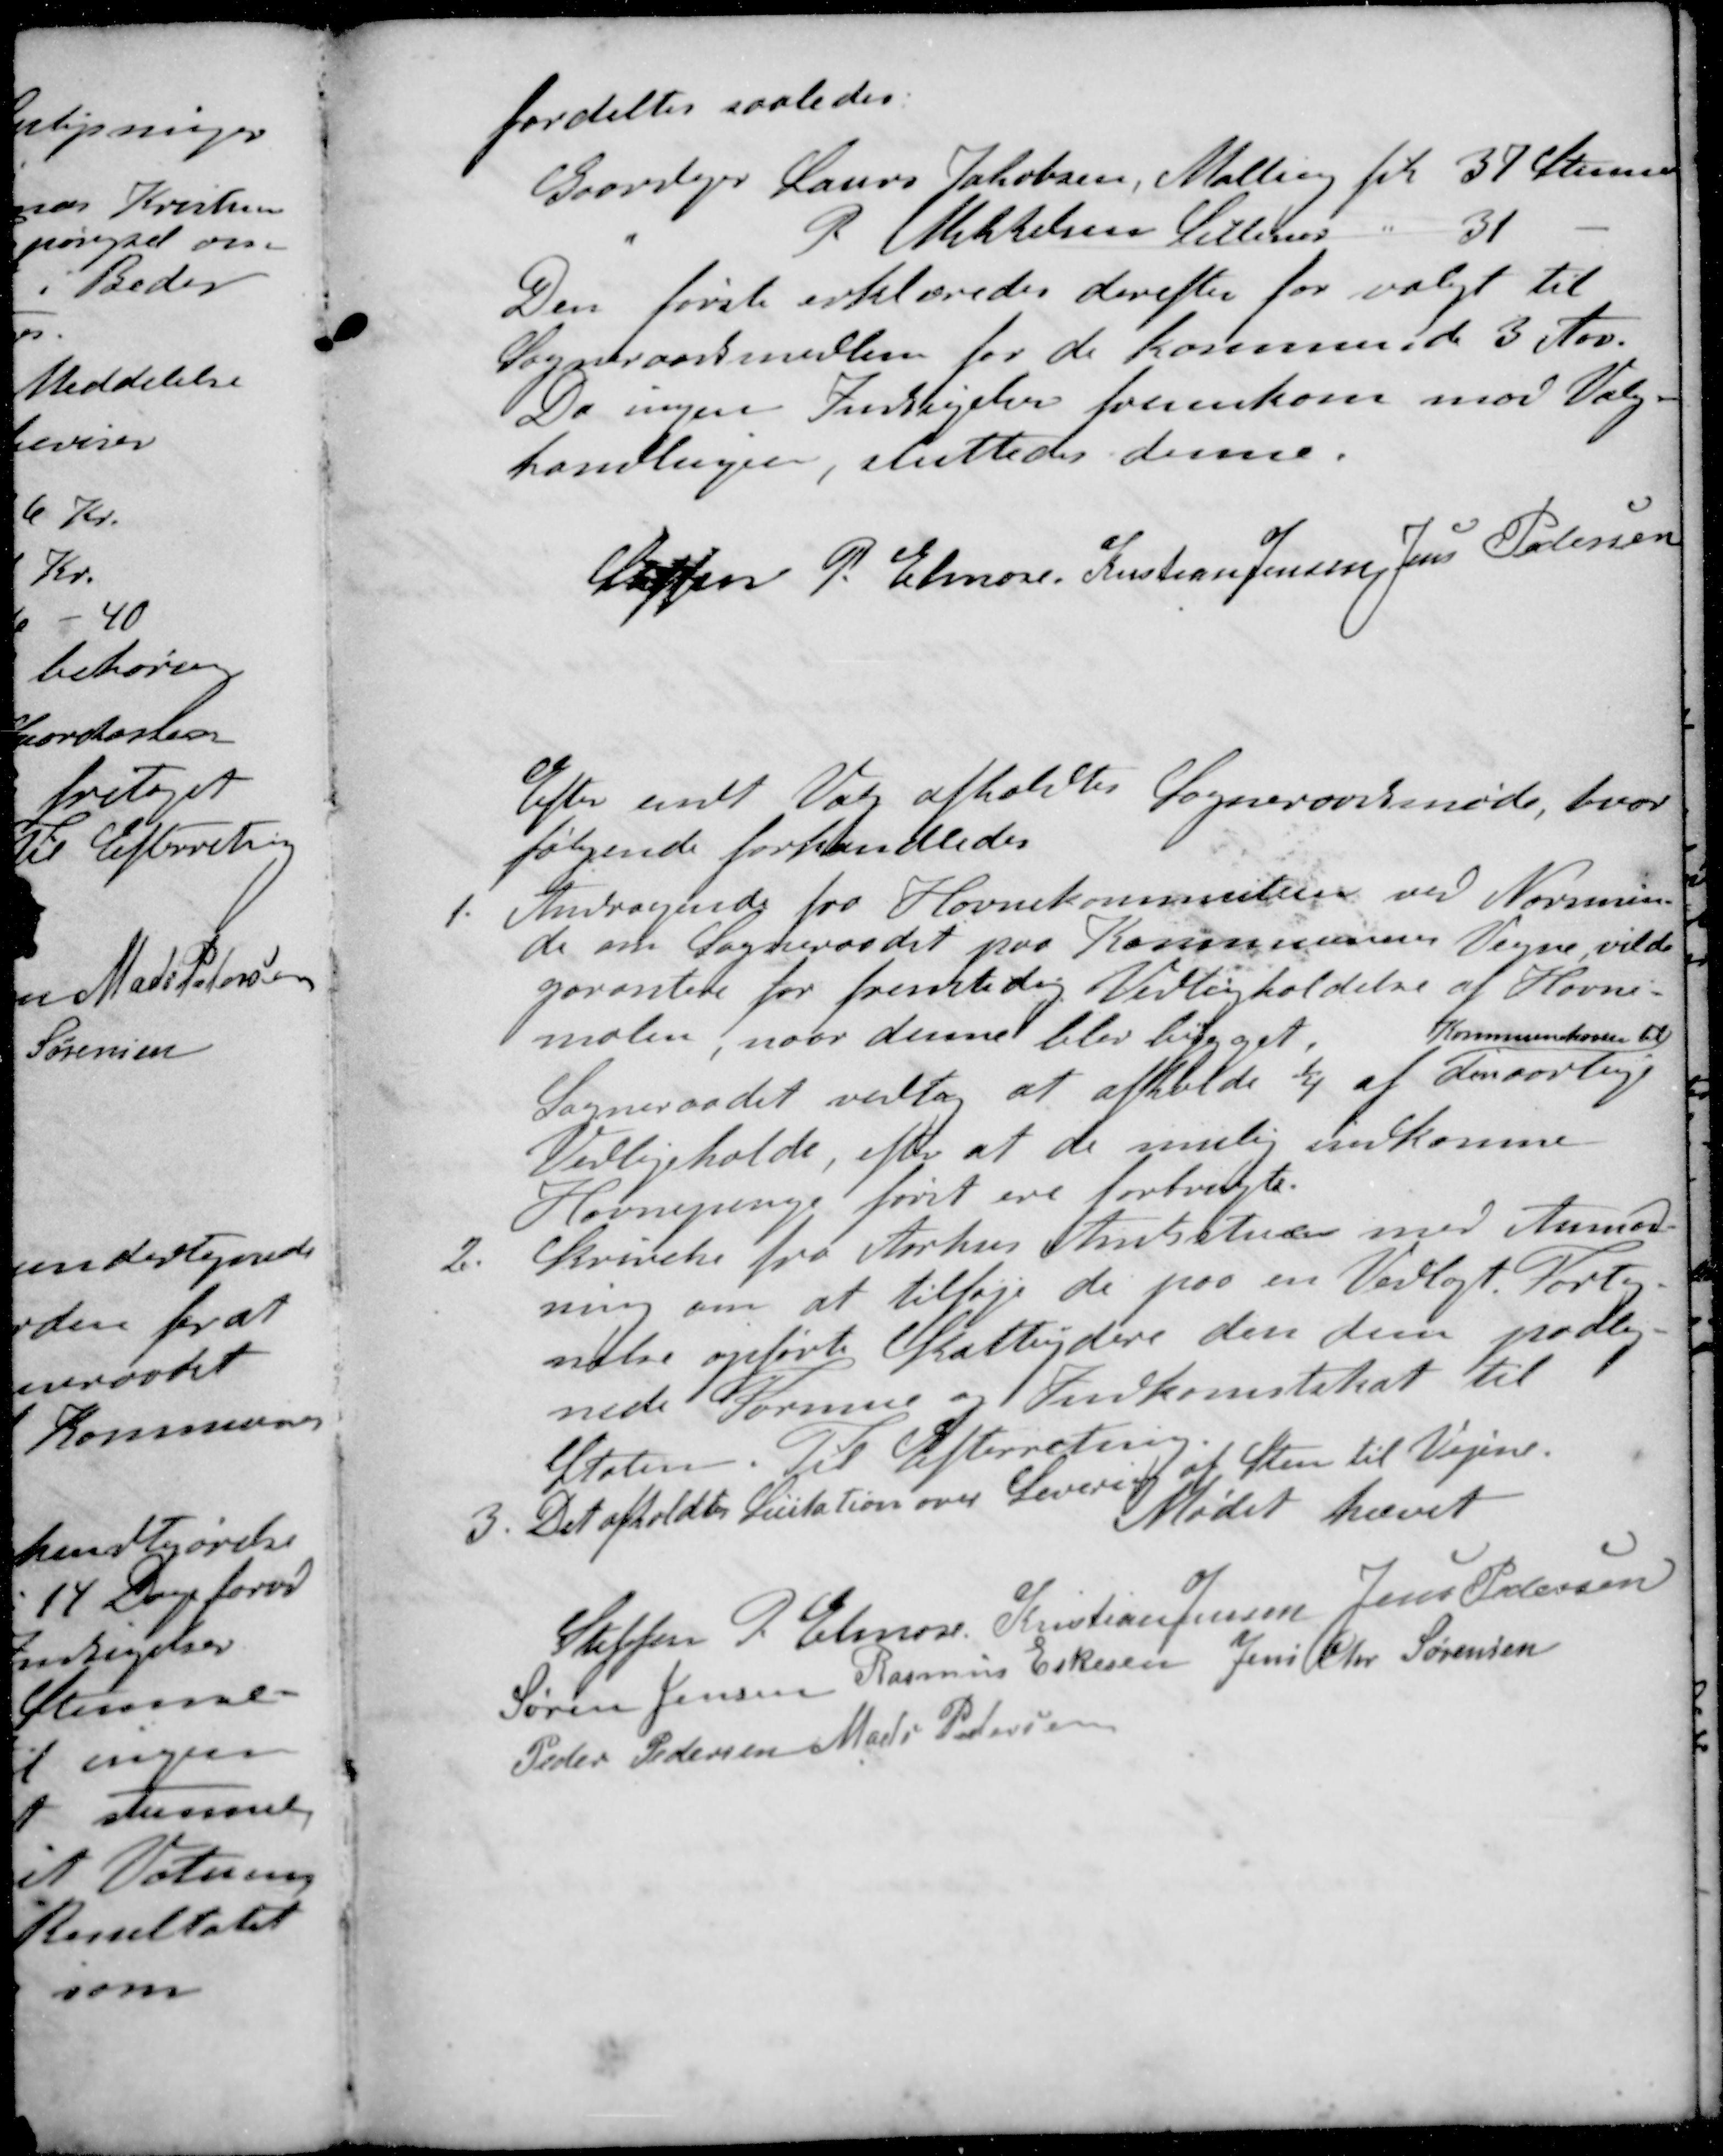
Transskription:
fordeltes saaledes.
Gaardejer Laurs Jakobsen, Malling fra 37 Stemmer
" P Mikkelsen Lillerup " 31 -
Den første erklæredes derefter for valgt til
Sogneraadsmedlem for de kommende 3 Aar
Da ingen Indsigelser fremskom mod Valg-
handlingen, sluttedes denne.
Steffen P Elmose
Kristian Jensen
Jens Pedersen
Efter endt Valg afholdtes Sogneraadsmøde, hvor
følgende forhandledes
1. Andragende fra Havnekommission ved Norsmin-
de om Sogneraadet paa Kommunens Vegne vilde
garantere for fremtidig Vedligholdelse af Havne-
molen naar denne blev bygget
Kommunekassen til
Sogneraadet vedtog at afholde 1/4 af den aarlige
Vedligehold, efter at de mulig indkomne
Havnepenge først ere forbrugte
2. Skrivelse fra Aarhus Amtsstue med Anmod-
ning om at tilføje de paa en Vedlagt Forteg-
nelse opførte Skatteydere den dem paalig-
nede Formue og Indkomstskat til
Staten Til Efterretning
3. Det afholdtes Licitation over Levering at Sten til Vejene.
Mødet hævet
Steffen P Elmose
Kristian Jensen
Jens Pedersen
Søren Jensen
Rasmus Eskesen
Jens Chr Sørensen
Peder Pedersen
Mads Pedersen